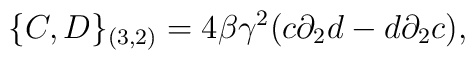
\{C,D\}_{(3,2)}=4 \beta {\gamma}^{2}(c {\partial}_{2} d - d{\partial}_{2} c),